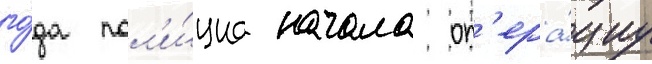
го́да пол'и́циа начала оп'ера́циу